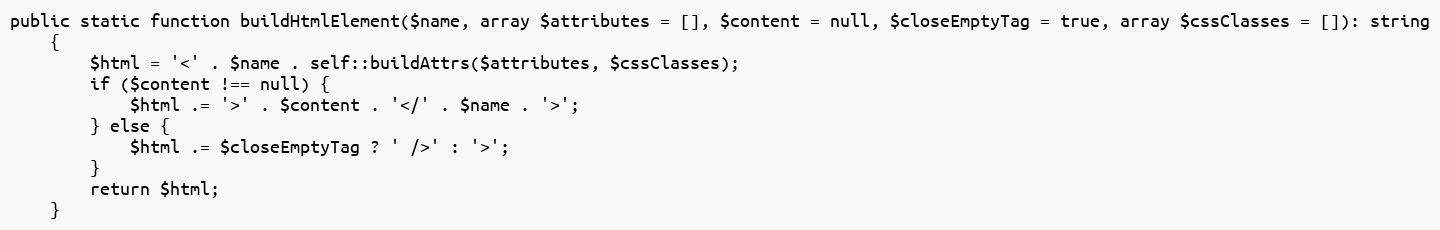
Language: PHP
public static function buildHtmlElement($name, array $attributes = [], $content = null, $closeEmptyTag = true, array $cssClasses = []): string
    {
        $html = '<' . $name . self::buildAttrs($attributes, $cssClasses);
        if ($content !== null) {
            $html .= '>' . $content . '</' . $name . '>';
        } else {
            $html .= $closeEmptyTag ? ' />' : '>';
        }
        return $html;
    }